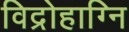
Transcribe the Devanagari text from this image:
विद्रोहाग्नि